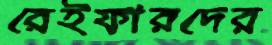
রেইফারদের